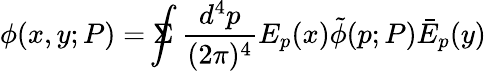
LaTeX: \phi(x,y;P)=\Sigma\! \! \! \! \! \! \int\frac{d^{4}p}{(2\pi)^{4}}E_{p}(x)\tilde{\phi}(p;P)\bar{E}_{p}(y)